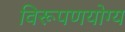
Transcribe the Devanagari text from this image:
विरूपणयोग्य